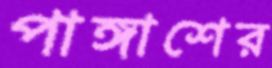
পাঙ্গাশের